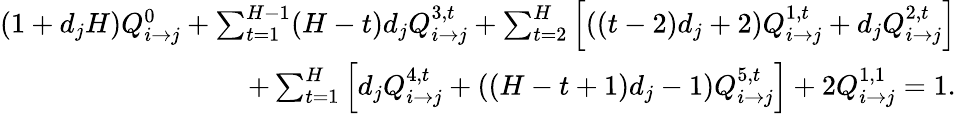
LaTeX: \begin{array}{r}{(1+d_{j}H)Q_{i\rightarrow j}^{0}+\sum_{t=1}^{H-1}(H-t)d_{j}Q_{i\rightarrow j}^{3,t}+\sum_{t=2}^{H}\left[((t-2)d_{j}+2)Q_{i\rightarrow j}^{1,t}+d_{j}Q_{i\rightarrow j}^{2,t}\right]}\\ {+\sum_{t=1}^{H}\left[d_{j}Q_{i\rightarrow j}^{4,t}+((H-t+1)d_{j}-1)Q_{i\rightarrow j}^{5,t}\right]+2Q_{i\rightarrow j}^{1,1}=1.}\end{array}